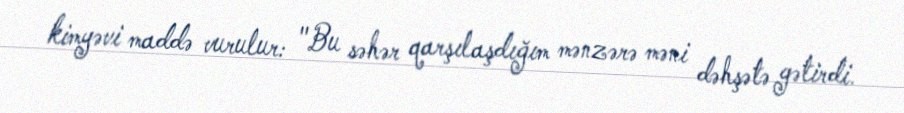
kimyəvi maddə vurulur: "Bu səhər qarşılaşdığım mənzərə məni dəhşətə gətirdi.